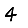
Digit: 4